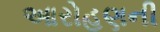
આરોહણની